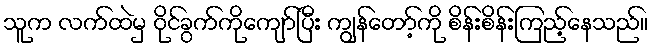
သူက လက်ထဲမှ ဝိုင်ခွက်ကိုကျော်ပြီး ကျွန်တော့်ကို စိန်းစိန်းကြည့်နေသည်။